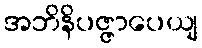
အဘိနိပဇ္ဇာပေယျ